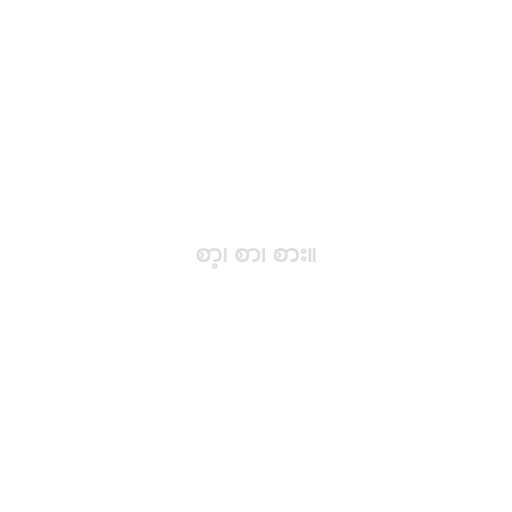
စာ့၊ စာ၊ စား။